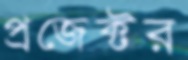
প্রজেক্টর